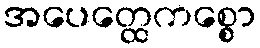
အပေတ္ထေကစ္စော